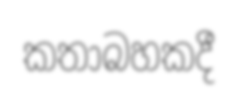
කතාබහකදී